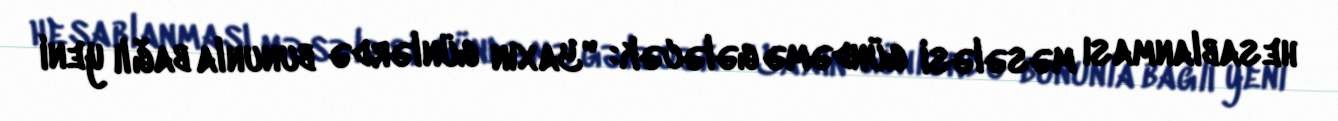
hesablanması məsələsi gündəmə gələcək: "Yaxın günlərdə bununla bağlı yeni